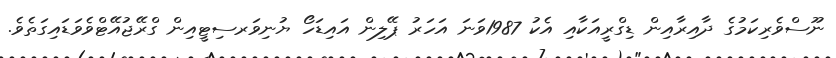
ނޫސްވެރިކަމުގެ ދާއިރާއިން ޑިގްރީއަކާއި އެކު 1987ވަނަ އަހަރު ޕޭލިން އައިޑަހޯ ޔުނިވަރސިޓީއިން ގްރޭޖުއޭޓްވެވަޑައިގަތެވެ.